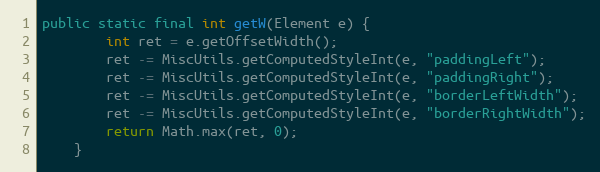
Language: Java
public static final int getW(Element e) {
        int ret = e.getOffsetWidth();
        ret -= MiscUtils.getComputedStyleInt(e, "paddingLeft");
        ret -= MiscUtils.getComputedStyleInt(e, "paddingRight");
        ret -= MiscUtils.getComputedStyleInt(e, "borderLeftWidth");
        ret -= MiscUtils.getComputedStyleInt(e, "borderRightWidth");
        return Math.max(ret, 0);
    }